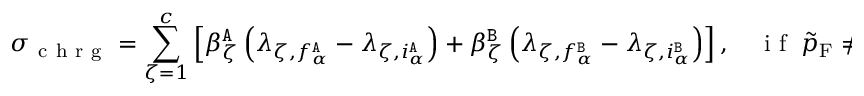
\sigma _ { \mathrm { ~ c ~ h ~ r ~ g ~ } } = \sum _ { \zeta = 1 } ^ { c } \left[ \beta _ { \zeta } ^ { \tt A } \left( \lambda _ { \zeta , f _ { \alpha } ^ { \tt A } } - \lambda _ { \zeta , i _ { \alpha } ^ { \tt A } } \right) + \beta _ { \zeta } ^ { \tt B } \left( \lambda _ { \zeta , f _ { \alpha } ^ { \tt B } } - \lambda _ { \zeta , i _ { \alpha } ^ { \tt B } } \right) \right] , \quad \mathrm { ~ i ~ f ~ } \; \tilde { p } _ { \mathrm { F } } \neq 0 .